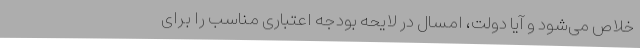
خلاص می‌شود و آیا دولت، امسال در لایحه بودجه اعتباری مناسب را برای